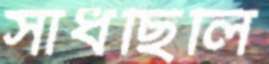
সাধছিলি